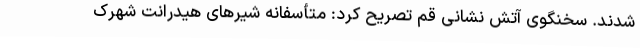
شدند. سخنگوی آتش نشانی قم تصریح کرد: متأسفانه شیرهای هیدرانت شهرک